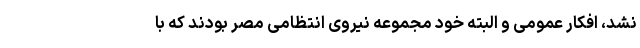
نشد، افکار عمومی و البته خود مجموعه نیروی انتظامی مصر بودند که با